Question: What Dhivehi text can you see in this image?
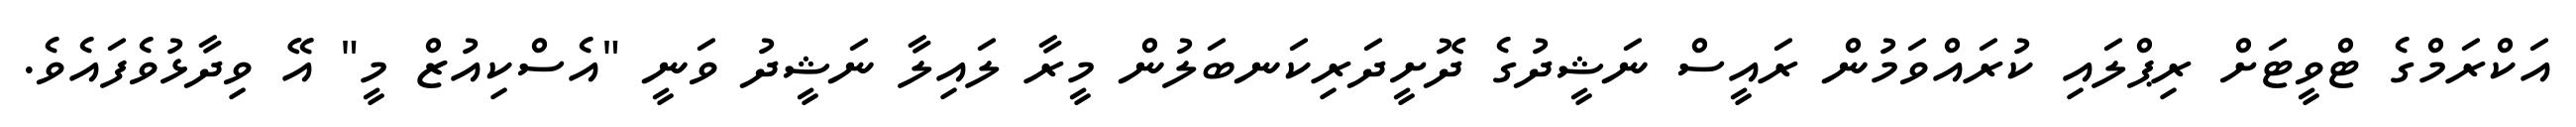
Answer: އަކްރަމްގެ ޓްވީޓަށް ރިޕްލައި ކުރައްވަމުން ރައީސް ނަޝީދުގެ ދޮށީދަރިކަނބަލުން މީރާ ލައިލާ ނަޝީދު ވަނީ "އެސްކިއުޒް މީ" އޭ ވިދާޅުވެފައެވެ.